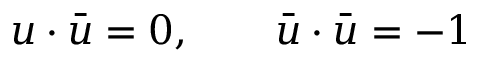
u \cdot \bar { u } = 0 , \qquad \bar { u } \cdot \bar { u } = - 1